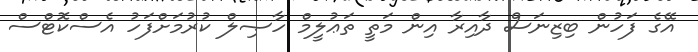
އޭގެ ފަހުން ބިޒިނަސް ދާއިރާ އިން މަތީ ތަޢުލީމް ހާޞިލް ކުރުމަށްފަހު އެސްކޮޓްސް